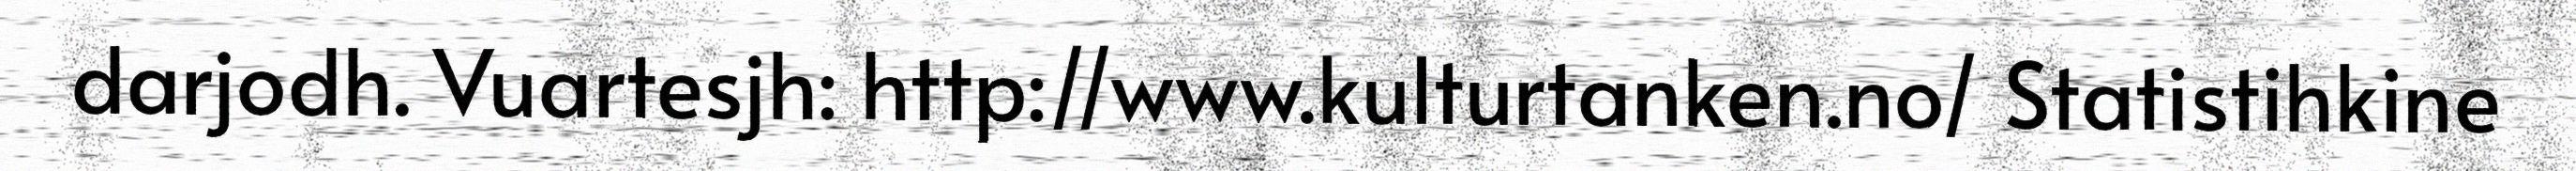
darjodh. Vuartesjh: http://www.kulturtanken.no/ Statistihkine